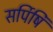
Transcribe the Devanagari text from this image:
सर्पिषि